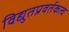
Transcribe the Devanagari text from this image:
विद्युतप्रवर्तकत्व